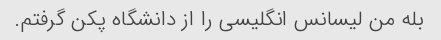
بله من لیسانس انگلیسی را از دانشگاه پکن گرفتم.